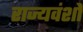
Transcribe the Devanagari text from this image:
राज्यवंशों